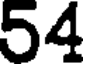
54